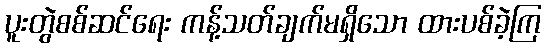
ပူးတွဲစစ်ဆင်ရေး ကန့်သတ်ချက်မရှိသော ထားပစ်ခဲ့ကြ